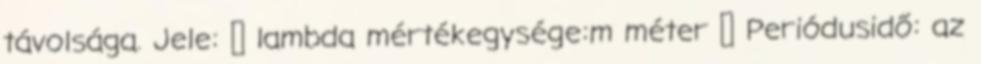
távolsága. Jele: λ lambda mértékegysége:m méter  Periódusidő: az